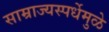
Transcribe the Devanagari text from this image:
साम्राज्यस्पर्धेमुळे